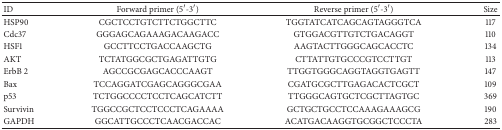
<table><thead><tr><td><b>ID</b></td><td><b>Forward primer (5′-3′)</b></td><td><b>Reverse primer (5′-3′)</b></td><td><b>Size</b></td></tr></thead><tbody><tr><td>HSP90</td><td>CGCTCCTGTCTTCTGGCTTC</td><td>TGGTATCATCAGCAGTAGGGTCA</td><td>117</td></tr><tr><td>Cdc37</td><td>GGGAGCAGAAAGACAAGACC</td><td>GTGGACGTTGTCTGACAGGT</td><td>110</td></tr><tr><td>HSF1</td><td>GCCTTCCTGACCAAGCTG</td><td>AAGTACTTGGGCAGCACCTC</td><td>134</td></tr><tr><td>AKT</td><td>TCTATGGCGCTGAGATTGTG</td><td>CTTATTGTGCCCGTCCTTGT</td><td>113</td></tr><tr><td>ErbB 2</td><td>AGCCGCGAGCACCCAAGT</td><td>TTGGTGGGCAGGTAGGTGAGTT</td><td>147</td></tr><tr><td>Bax</td><td>TCCAGGATCGAGCAGGGCGAA</td><td> CGATGCGCTTGAGACACTCGCT</td><td>109</td></tr><tr><td>p53</td><td>TCTGGCCCCTCCTCAGCATCTT</td><td> TTGGGCAGTGCTCGCTTAGTGC</td><td>369</td></tr><tr><td>Survivin</td><td>TGGCCGCTCCTCCCTCAGAAAA</td><td> GCTGCTGCCTCCAAAGAAAGCG</td><td>190</td></tr><tr><td>GAPDH</td><td>GGCATTGCCCTCAACGACCAC</td><td> ACATGACAAGGTGCGGCTCCCTA</td><td>283</td></tr></tbody></table>